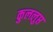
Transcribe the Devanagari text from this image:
कुललुप्त